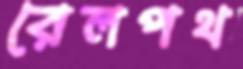
রেলপথ